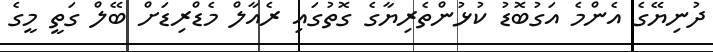
ދުނިޔޭގެ އެންމެ އަގުބޮޑު ކުޅުންތެރިޔާގެ ގޮތުގައި ރެއާލް މެޑްރިޑަށް ބޭލް ގަތީ މީގެ